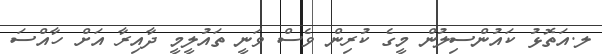
ލ.އަތޮޅު ކައުންސިލުން މީގެ ކުރިން ވެސް ވަނީ ތައުލީމީ ދާއިރާ އަށް ހާއްސަ